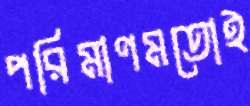
পরিমাণমতোই